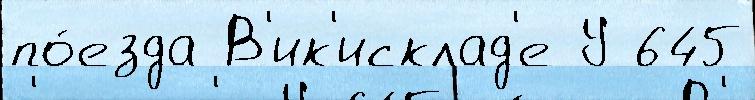
по́езда В'ик'исклад'е У 645